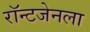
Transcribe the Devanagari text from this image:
रॉन्टजेनला